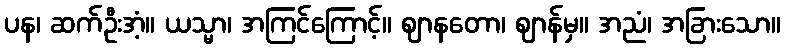
ပန၊ ဆက်ဦးအံ့။ ယသ္မာ၊ အကြင်ကြောင့်။ ဈာနတော၊ ဈာန်မှ။ အညံ၊ အခြားသော။